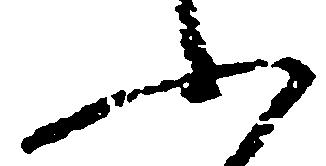
ふ